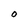
Character: O